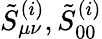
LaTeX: \tilde{S}_{\mu\nu}^{(i)},\tilde{S}_{00}^{(i)}